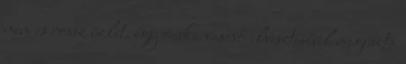
nem is rossz üzlet, egy ócska vascső elvesztésével megúszta